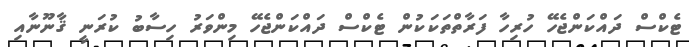
ޓެކްސް ދައްކަންޖެހޭ ހުރިހާ ފަރާތްތަކަކުން ޓެކްސް ދައްކަންޖެހޭ މިންވަރު ހިސާބު ކުރަނީ ޤާނޫނާއި